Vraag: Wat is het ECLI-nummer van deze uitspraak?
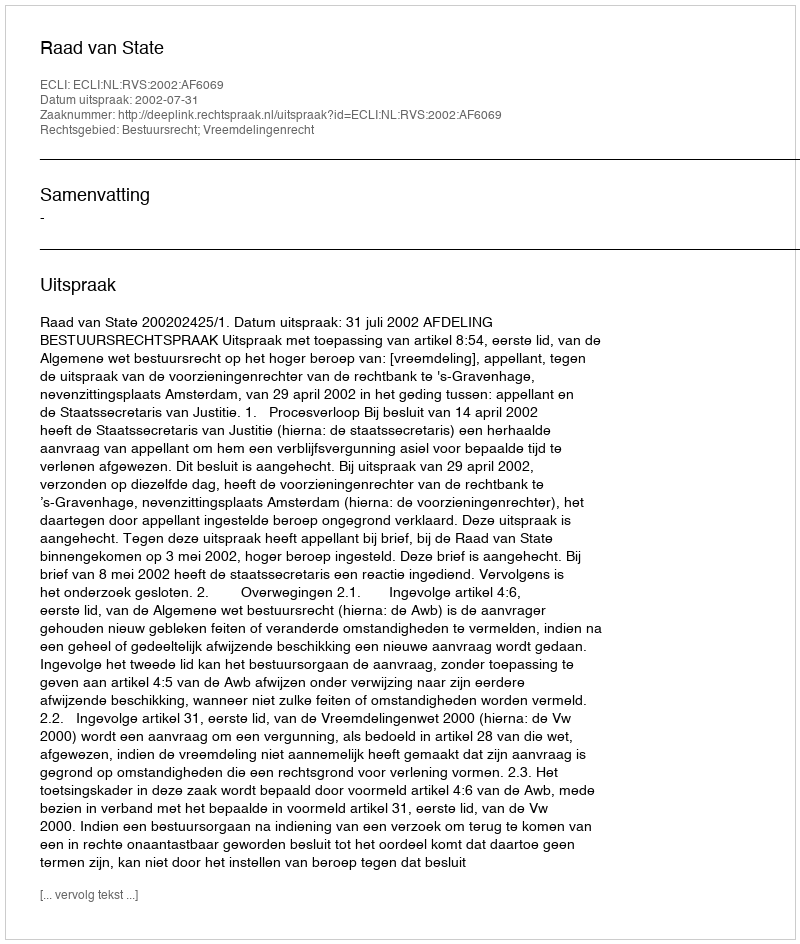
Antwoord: ECLI:NL:RVS:2002:AF6069